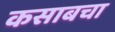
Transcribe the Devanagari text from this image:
कसाबचा